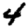
Digit: 4